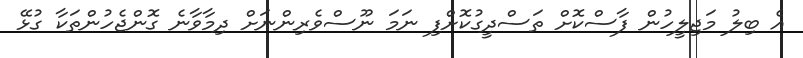
އެ ބިލު މަޖިލީހުން ފާސްކޮށް ތަސްދީގުކޮށްފި ނަމަ ނޫސްވެރިންނަށް ދިމާވާނެ ގޮންޖެހުންތަކާ ގުޅޭ